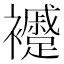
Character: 䙯